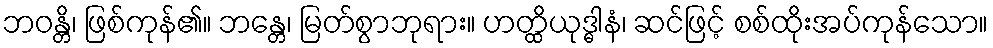
ဘဝန္တိ၊ ဖြစ်ကုန်၏။ ဘန္တေ၊ မြတ်စွာဘုရား။ ဟတ္ထိယုဒ္ဓါနံ၊ ဆင်ဖြင့် စစ်ထိုးအပ်ကုန်သော။